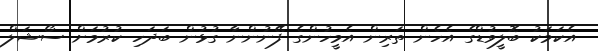
އެކަމަކު ބޮލީވުޑްގެ އެހެން ތަރިން އެމީހުންގެ ފޭނުންނާ ގުޅުން ބަދަހި ކުރުމަށް ސޯޝަލް